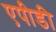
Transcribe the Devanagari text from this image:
एपीडी